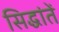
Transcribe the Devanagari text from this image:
सिद्धांतें